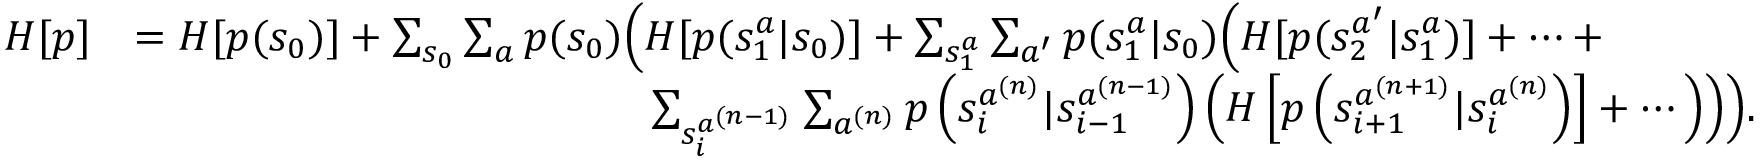
\begin{array} { r l } { H [ p ] } & { = H [ p ( s _ { 0 } ) ] + \sum _ { s _ { 0 } } \sum _ { a } p ( s _ { 0 } ) \Big ( H [ p ( s _ { 1 } ^ { a } | s _ { 0 } ) ] + \sum _ { s _ { 1 } ^ { a } } \sum _ { a ^ { \prime } } p ( s _ { 1 } ^ { a } | s _ { 0 } ) \Big ( H [ p ( s _ { 2 } ^ { a ^ { \prime } } | s _ { 1 } ^ { a } ) ] + \cdots + } \\ & { \qquad \qquad \qquad \qquad \qquad \qquad \sum _ { s _ { i } ^ { a ^ { ( n - 1 ) } } } \sum _ { a ^ { ( n ) } } p \left( s _ { i } ^ { a ^ { ( n ) } } | s _ { i - 1 } ^ { a ^ { ( n - 1 ) } } \right) \Big ( H \left[ p \left( s _ { i + 1 } ^ { a ^ { ( n + 1 ) } } | s _ { i } ^ { a ^ { ( n ) } } \right) \right] + \cdots \Big ) \Big ) \Big ) . } \end{array}